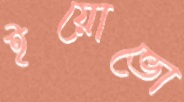
ইয়োভো